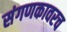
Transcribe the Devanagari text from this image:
संगणकावरच